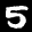
Label: 5